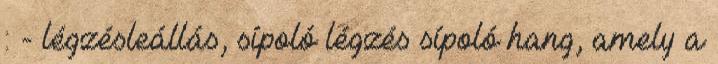
: - légzésleállás, sípoló légzés sípoló hang, amely a